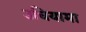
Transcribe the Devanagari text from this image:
उचियामा